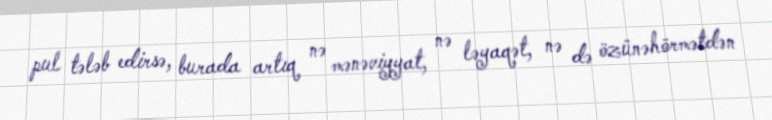
pul tələb edirsə, burada artıq nə mənəviyyat, nə ləyaqət, nə də özünəhörmətdən